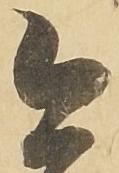
今